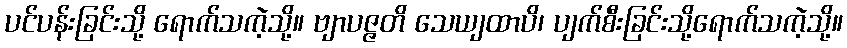
ပင်ပန်းခြင်းသို့ ရောက်သကဲ့သို့။ ဗျာပဇ္ဇတိ သေယျထာပိ၊ ပျက်စီးခြင်းသို့ရောက်သကဲ့သို့။